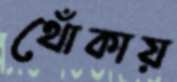
থোঁকায়